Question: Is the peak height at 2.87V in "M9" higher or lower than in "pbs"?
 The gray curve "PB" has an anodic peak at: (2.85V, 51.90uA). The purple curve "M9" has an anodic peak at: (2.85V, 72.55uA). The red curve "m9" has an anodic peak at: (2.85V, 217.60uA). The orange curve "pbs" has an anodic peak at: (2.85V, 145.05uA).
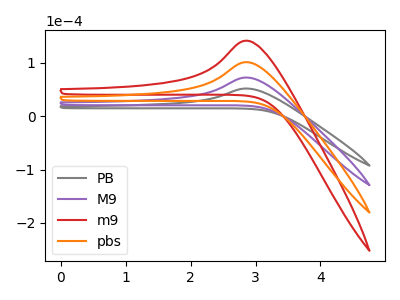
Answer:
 <answer>The peak at 2.87V is lower in "M9" than in "pbs".</answer>
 <eval>lower</eval>